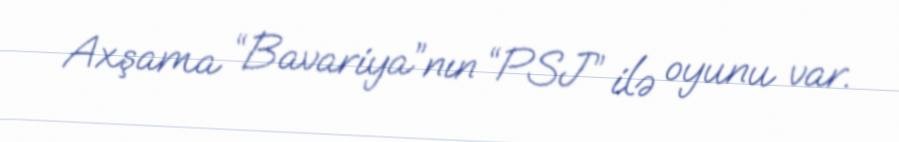
Axşama “Bavariya”nın “PSJ” ilə oyunu var.